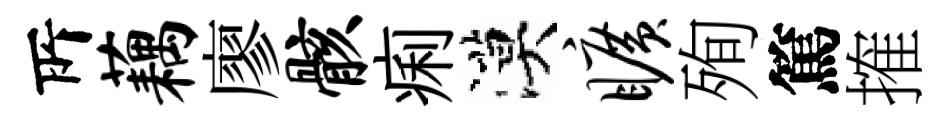
𠩄藕廖骸痢漠旷殉篤搉